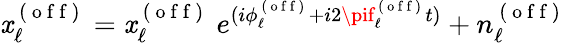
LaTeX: \mathit{x}_{\ell}^{\mathrm{{~(~o~f~f~)~}}}=\mathit{x}_{\ell}^{\mathrm{{~(~o~f~f~)~}}}\ e^{(i\phi_{\ell}^{\mathrm{{~(~o~f~f~)~}}}+i2\pif_{\ell}^{\mathrm{{~(~o~f~f~)~}}}t)}+n_{\ell}^{\mathrm{{~(~o~f~f~)~}}}